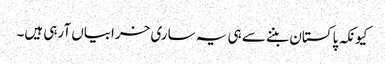
کیونکہ پاکستان بننے سے ہی یہ ساری خرابیاں آرہی ہیں۔